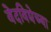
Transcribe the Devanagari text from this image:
वेदविद्येच्या